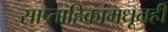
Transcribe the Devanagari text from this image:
साप्ताहिकांमधूनही